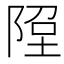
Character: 𨹸